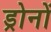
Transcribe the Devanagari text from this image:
ड्रोनों